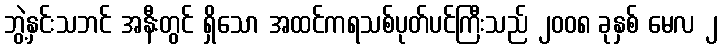
ဘွဲ့နှင်းသဘင် အနီးတွင် ရှိသော အထင်ကရသစ်ပုတ်ပင်ကြီးသည် ၂၀၀၈ ခုနှစ် မေလ ၂